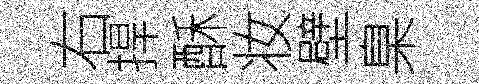
右捍酥妆壁臬